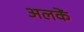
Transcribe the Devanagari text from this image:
अलकें